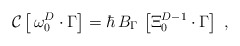
\begin{align*}{\cal C}\left[ \,\omega _0^D\cdot \Gamma \right] =\hbar \,B_\Gamma \,\left[\Xi _0^{D-1}\cdot \Gamma \right] \;, \end{align*}